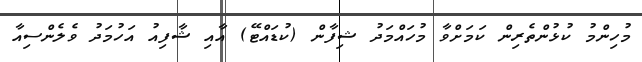
މުހިންމު ކުޅުންތެރިން ކަމަށްވާ މުހައްމަދު ޝިފާން (ކުޑައްޓޭ) އާއި ޝާފިއު އަހުމަދު ވެލެންސިއާ